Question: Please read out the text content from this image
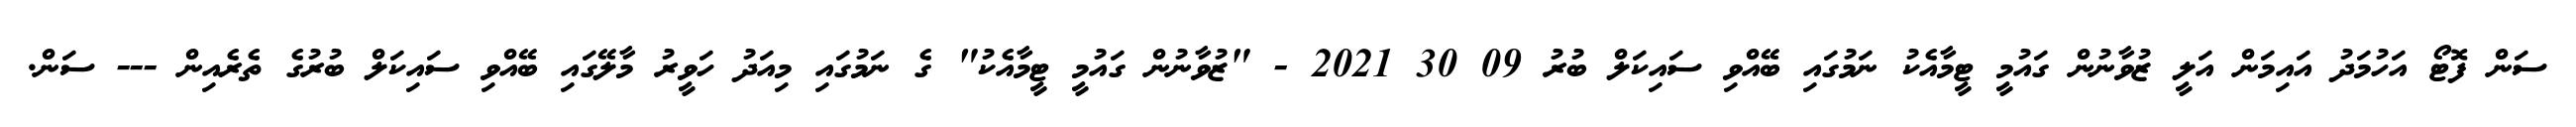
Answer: ސަން ފޮޓޯ އަހުމަދު އައިމަން އަލީ ޒުވާނުން ގައުމީ ޓީމާއެކު ނަމުގައި ބޭއްވި ސައިކަލް ބުރު 09 30 2021 - "ޒުވާނުން ގައުމީ ޓީމާއެކު" ގެ ނަމުގައި މިއަދު ހަވީރު މާލޭގައި ބޭއްވި ސައިކަލް ބުރުގެ ތެރެއިން --- ސަން.